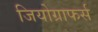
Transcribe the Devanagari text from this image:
जियोग्राफर्स